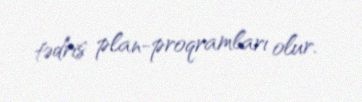
tədris plan-proqramları olur.